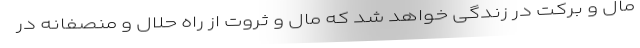
مال و برکت در زندگی خواهد شد که مال و ثروت از راه حلال و منصفانه در